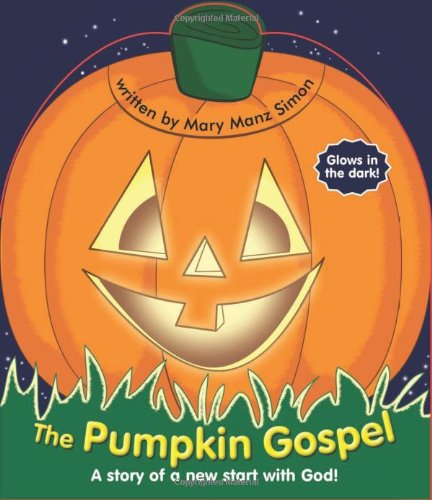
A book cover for The Pumpkin Gospel; Mary Manz Simon; Christian Books & Bibles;